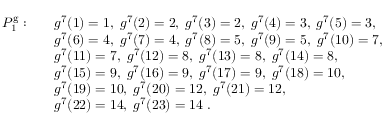
\begin{array} { r l } { P _ { 1 } ^ { \mathrm { g } } : \quad } & { g ^ { 7 } ( 1 ) = 1 , \; g ^ { 7 } ( 2 ) = 2 , \; g ^ { 7 } ( 3 ) = 2 , \; g ^ { 7 } ( 4 ) = 3 , \; g ^ { 7 } ( 5 ) = 3 , } \\ & { g ^ { 7 } ( 6 ) = 4 , \; g ^ { 7 } ( 7 ) = 4 , \; g ^ { 7 } ( 8 ) = 5 , \; g ^ { 7 } ( 9 ) = 5 , \; g ^ { 7 } ( 1 0 ) = 7 , } \\ & { g ^ { 7 } ( 1 1 ) = 7 , \; g ^ { 7 } ( 1 2 ) = 8 , \; g ^ { 7 } ( 1 3 ) = 8 , \; g ^ { 7 } ( 1 4 ) = 8 , \; } \\ & { g ^ { 7 } ( 1 5 ) = 9 , \; g ^ { 7 } ( 1 6 ) = 9 , \; g ^ { 7 } ( 1 7 ) = 9 , \; g ^ { 7 } ( 1 8 ) = 1 0 , } \\ & { g ^ { 7 } ( 1 9 ) = 1 0 , \; g ^ { 7 } ( 2 0 ) = 1 2 , \; g ^ { 7 } ( 2 1 ) = 1 2 , } \\ & { g ^ { 7 } ( 2 2 ) = 1 4 , \; g ^ { 7 } ( 2 3 ) = 1 4 \; . } \end{array}